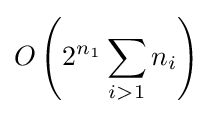
O\left(2^{n_{1}}\sum _{i>1}n_{i}\right)